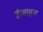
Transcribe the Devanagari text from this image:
ईज़ाइन